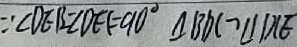
\because \angle D E B = \angle D E F = 9 0 ^ { \circ } \Delta B D C > \angle D C E